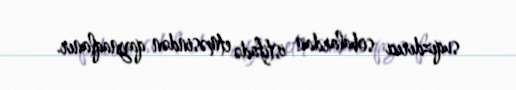
suqızdırıcı sobalardan istifadə etməsindən qaynaqlanır.